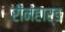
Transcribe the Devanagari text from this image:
रीनहार्ड